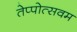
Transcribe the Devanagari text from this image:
तेप्पोत्सवम